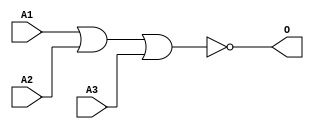
module JNOR3C(A1, A2, A3, O);
input   A1;
input   A2;
input   A3;
output  O;
nor g0(O, A1, A2, A3);
endmodule